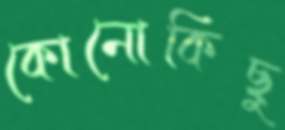
কোনোকিছু